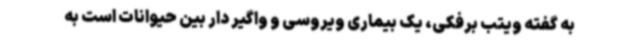
به گفته ویتب برفکی، یک بیماری ویروسی و واگیر دار بین حیوانات است به